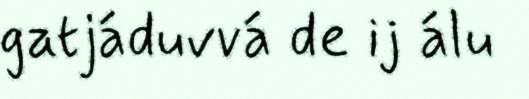
gatjáduvvá de ij álu